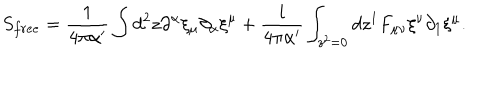
LaTeX: S _ { f r e e } = \frac { 1 } { 4 \pi \alpha ^ { \prime } } \int d ^ { 2 } z \partial ^ { \alpha } \xi _ { \mu } \partial _ { \alpha } \xi ^ { \mu } + \frac { i } { 4 \pi \alpha ^ { \prime } } \int _ { z ^ { 2 } = 0 } d z ^ { 1 } F _ { \mu \nu } \xi ^ { \nu } \partial _ { 1 } \xi ^ { \mu } .